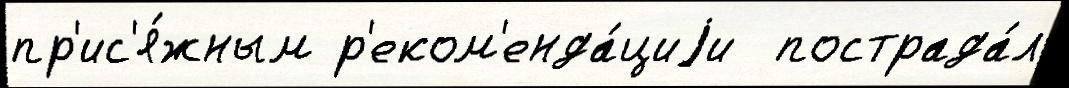
пр'ис'я́жным р'еком'енда́циjи  пострада́л